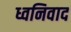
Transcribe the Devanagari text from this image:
ध्वनिवाद